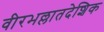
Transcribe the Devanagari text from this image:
वीरभल्लातदेशिक